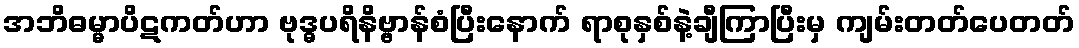
အဘိဓမ္မာပိဋကတ်ဟာ ဗုဒ္ဓပရိနိဗ္ဗာန်စံပြီးနောက် ရာစုနှစ်နဲ့ချီကြာပြီးမှ ကျမ်းတတ်ပေတတ်